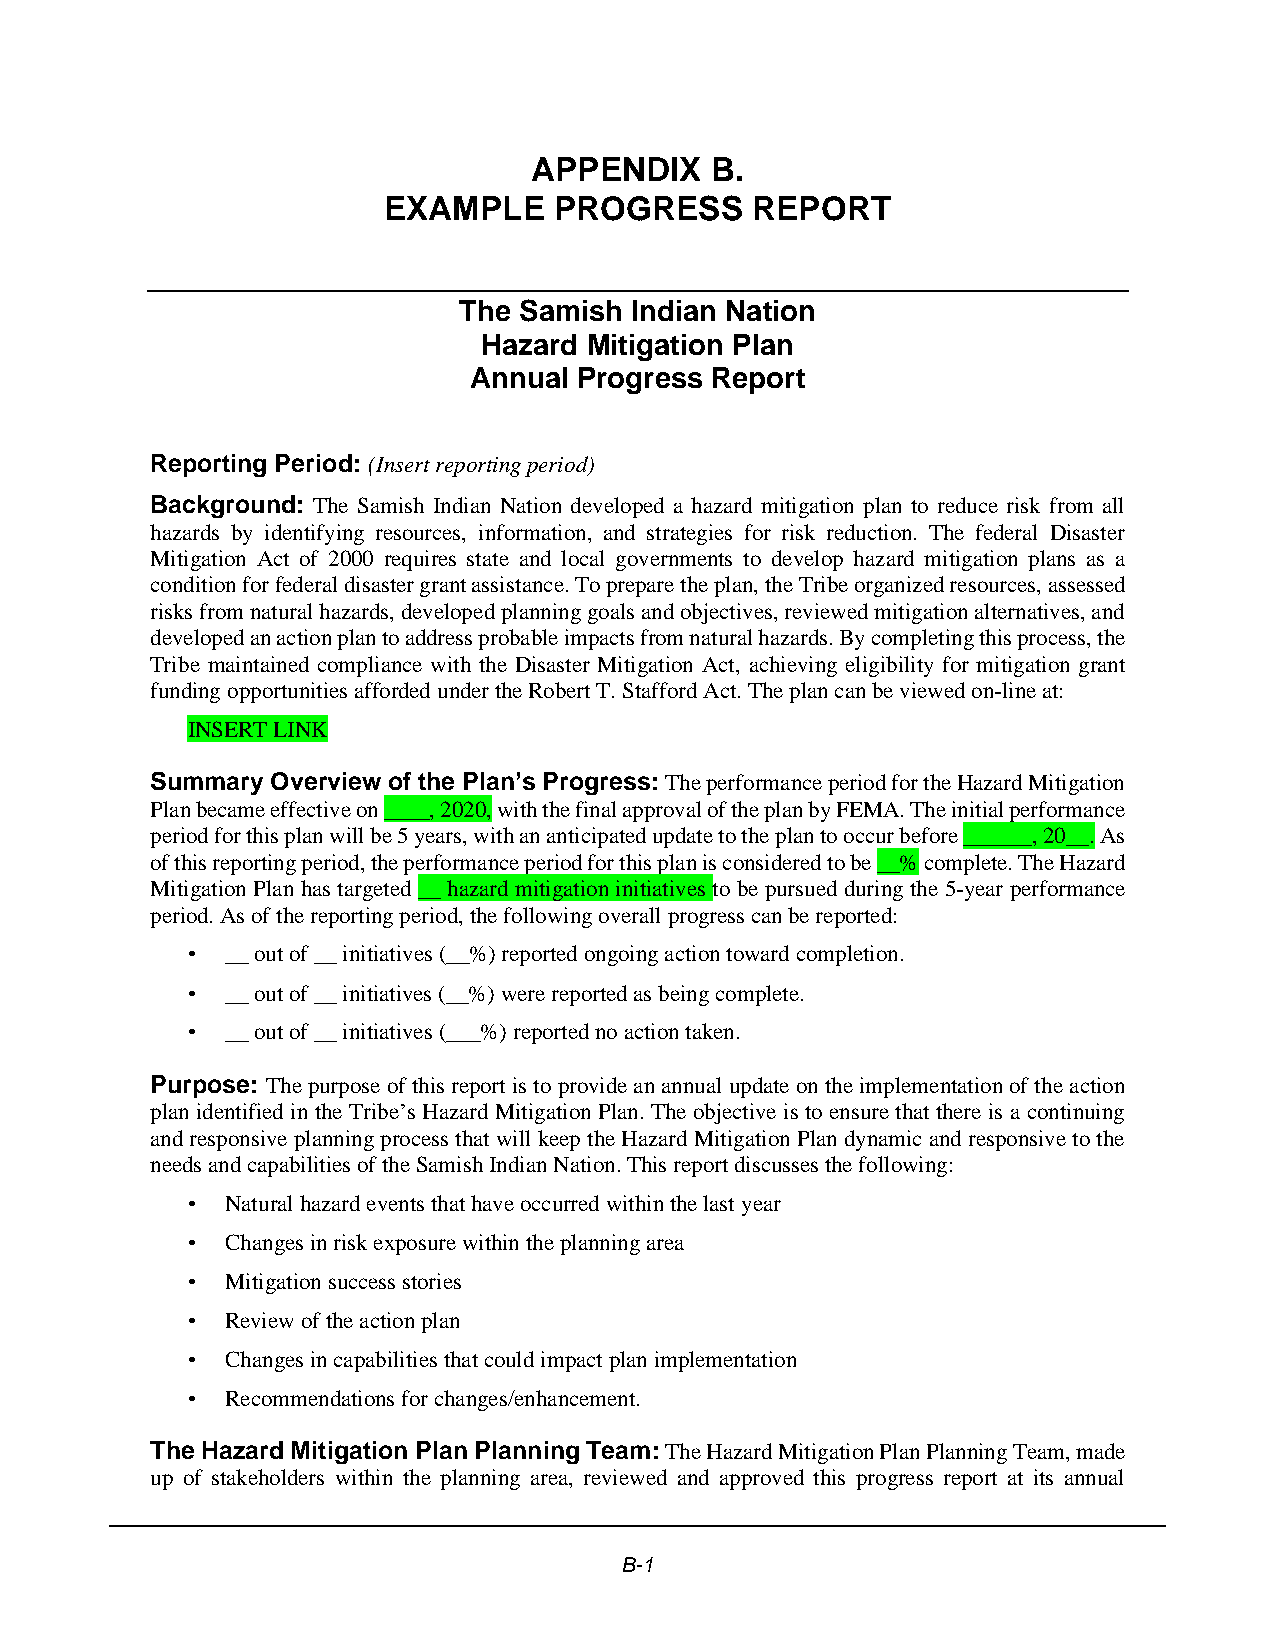
APPENDIX    B.
 EXAMPLE     PROGRESS     REPORT
 The Samish  Indian Nation
 Hazard Mitigation Plan
 Annual Progress Report
 Reporting Period: (Insert reporting period)
 Background: The Samish Indian Nation developed a hazard mitigation plan to reduce risk from all
 hazards by identifying resources, information, and strategies for risk reduction. The federal Disaster
 Mitigation Act of 2000 requires state and local governments to develop hazard mitigation plans as a
 condition for federal disaster grant assistance. To prepare the plan, the Tribe organized resources, assessed
 risks from natural hazards, developed planning goals and objectives, reviewed mitigation alternatives, and
 developed an action plan to address probable impacts from natural hazards. By completing this process, the
 Tribe maintained compliance with the Disaster Mitigation Act, achieving eligibility for mitigation grant
 funding opportunities afforded under the Robert T. Stafford Act. The plan can be viewed on-line at:
 INSERT LINK
 Summary Overview of the Plan’s Progress: The performance period for the Hazard Mitigation
 Plan became effective on ____, 2020, with the final approval of the plan by FEMA. The initial performance
 period for this plan will be 5 years, with an anticipated update to the plan to occur before ______, 20__. As
 of this reporting period, the performance period for this plan is considered to be __% complete. The Hazard
 Mitigation Plan has targeted __ hazard mitigation initiatives to be pursued during the 5-year performance
 period. As of the reporting period, the following overall progress can be reported:
 •  __ out of __ initiatives (__%) reported ongoing action toward completion.
 •  __ out of __ initiatives (__%) were reported as being complete.
 •  __ out of __ initiatives (___%) reported no action taken.
 Purpose: The purpose of this report is to provide an annual update on the implementation of the action
 plan identified in the Tribe’s Hazard Mitigation Plan. The objective is to ensure that there is a continuing
 and responsive planning process that will keep the Hazard Mitigation Plan dynamic and responsive to the
 needs and capabilities of the Samish Indian Nation. This report discusses the following:
 •  Natural hazard events that have occurred within the last year
 •  Changes in risk exposure within the planning area
 •  Mitigation success stories
 •  Review of the action plan
 •  Changes in capabilities that could impact plan implementation
 •  Recommendations for changes/enhancement.
 The Hazard Mitigation Plan Planning Team: The Hazard Mitigation Plan Planning Team, made
 up of stakeholders within the planning area, reviewed and approved this progress report at its annual
 B-1